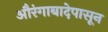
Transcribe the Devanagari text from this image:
औरंगाबादेपासून